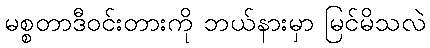
မစ္စတာဒီဝင်းတားကို ဘယ်နားမှာ မြင်မိသလဲ